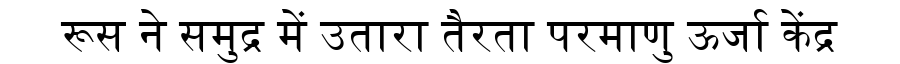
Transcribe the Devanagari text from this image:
रूस ने समुद्र में उतारा तैरता परमाणु ऊर्जा केंद्र